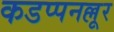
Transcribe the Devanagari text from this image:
कडप्पनल्लूर